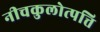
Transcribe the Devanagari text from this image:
नीचकुलोत्पत्ति